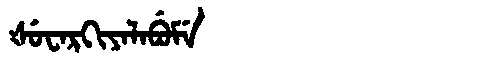
Manchu: ᡧᡠᠸᠠᡵᡴᡳᠶᠠᠯᠠᠪᡠᠮᡝ
Romanization: ŠUWARKIYALABUME